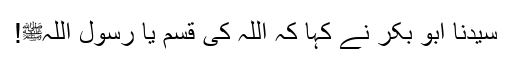
سیدنا ابو بکرؓ نے کہا کہ اللہ کی قسم یا رسول اللہﷺ!